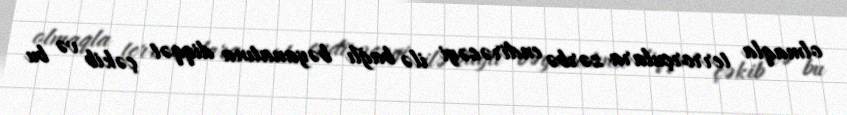
olmaqla terrorçulara zərbə endirəcəyi ilə bağlı bəyanatına diqqət çəkib və bu